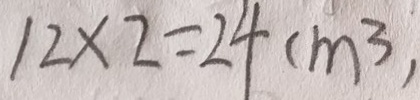
1 2 \times 2 = 2 4 ( m ^ { 3 } )